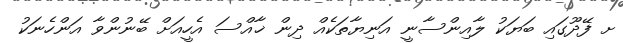
ށ ފޭދޫގައި ބަޔަކު ލާއިންސާނީ އަނިޔާތަކެއް ދިން ޚާއްސަ އެހީއަށް ބޭނުންވާ އަންހެނަކު